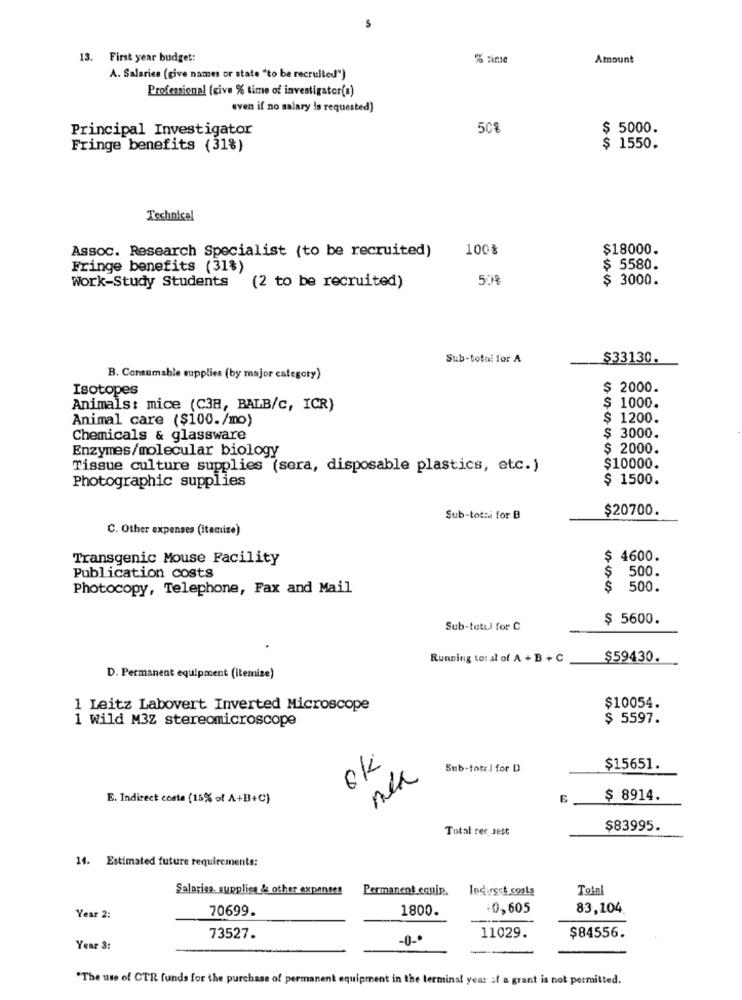
13. First year budget:
% simse
Amount
A. Salaries (give names or state "to be recruited")
Professional (give % time of investigator(s)
even if no salary is requested)
Principal Investigator
50%
$ 5000.
Fringe benefits (31%)
$ 1550.
Technical
100%
$18000.
Assoc. Research Specialist (to be recruited)
Fringe benefits (31%)
$ 5580.
Work-Study Students
508
$ 3000.
(2 to be recruited)
Sub-total for A
$33130.
B. Consumable supplies (by major category)
Isotopes
$ 2000.
Animals: mice (C38, BALB/c, ICR)
$ 1000.
Animal care ($100./mo)
$ 1200.
Chemicals & glassware
$ 3000.
Enzymes/molecular biology
$ 2000.
Tissue culture supplies (sera, disposable plastics, etc.)
$10000.
$ 1500.
Photographic supplies
$20700.
Sub-totai for B
C. Other expenses (itemize)
Transgenic Mouse Facility
$ 4600.
S
500.
Publication costs
Photocopy, Telephone, Fax and Mail
500.
$ 5600.
Sub-total for C
Running total of A + B + C
$59430.
D. Permanent equipment (itemize)
1 Leitz Labovert Inverted Microscope
$10054.
1 Wild M3Z stereomicroscope
$ 5597.
ok
Sub-total for D
$15651.
E. Indirect coste (15% of A+B+C)
$ 8914.
Total rec sest
$83995.
14. Estimated future requirements:
Salarisa supplies & other expenses
Permanent equip.
Indirect costs
Total
70699.
1800.
0,605
83,104.
Year 2:
11029.
73527.
-0-
$84556.
Year 3:
-
"The use of CTR funds for the purchase of permanent equipment in the terminal year of a grant is not permitted.